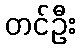
တင်ဦး